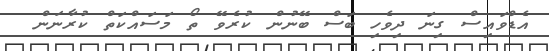
އެޑްވައިސް ގިނަ ދިވެހި ބަސް ބޭނުން ކުރެވޭ ތޯ މަސައްކަތް ކުރާނަން